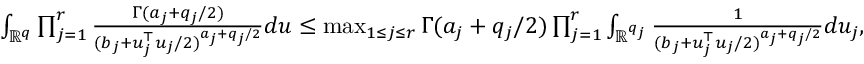
\begin{array} { r l } & { \int _ { \mathbb { R } ^ { q } } \prod _ { j = 1 } ^ { r } \frac { \Gamma { ( a _ { j } + q _ { j } / 2 ) } } { ( b _ { j } + u _ { j } ^ { \top } u _ { j } / 2 ) ^ { a _ { j } + q _ { j } / 2 } } d u \le \operatorname* { m a x } _ { 1 \le j \le r } \Gamma { ( a _ { j } + q _ { j } / 2 ) } \prod _ { j = 1 } ^ { r } \int _ { \mathbb { R } ^ { q _ { j } } } \frac { 1 } { ( b _ { j } + u _ { j } ^ { \top } u _ { j } / 2 ) ^ { a _ { j } + q _ { j } / 2 } } d u _ { j } , } \end{array}